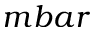
m b a r